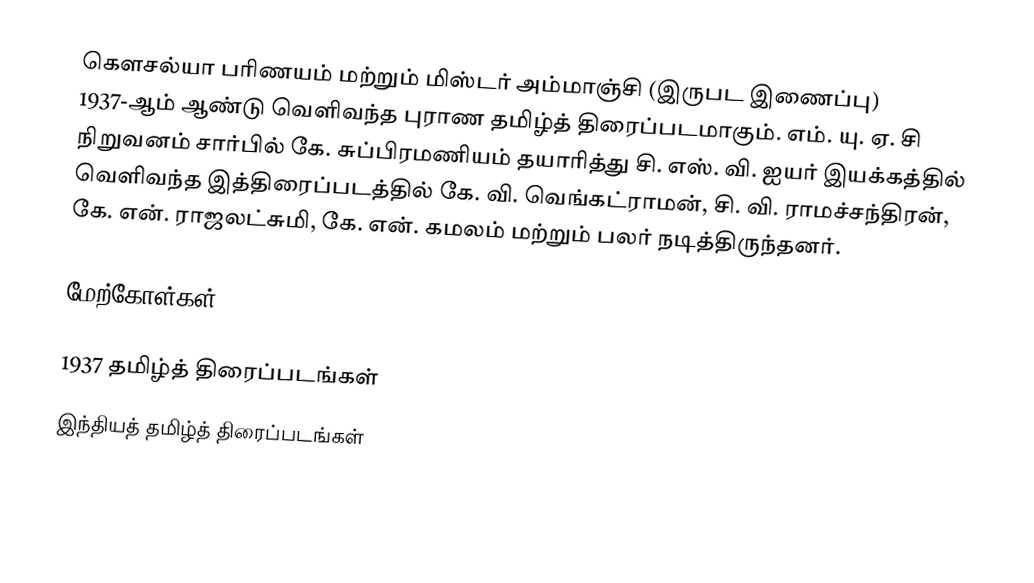
கௌசல்யா பரிணயம் மற்றும் மிஸ்டர் அம்மாஞ்சி (இருபட இணைப்பு) 1937-ஆம் ஆண்டு வெளிவந்த புராண தமிழ்த் திரைப்படமாகும். எம். யு. ஏ. சி நிறுவனம் சார்பில் கே. சுப்பிரமணியம் தயாரித்து சி. எஸ். வி. ஐயர் இயக்கத்தில் வெளிவந்த இத்திரைப்படத்தில் கே. வி. வெங்கட்ராமன், சி. வி. ராமச்சந்திரன், கே. என். ராஜலட்சுமி, கே. என். கமலம் மற்றும் பலர் நடித்திருந்தனர்.

மேற்கோள்கள்

1937 தமிழ்த் திரைப்படங்கள்
இந்தியத் தமிழ்த் திரைப்படங்கள்